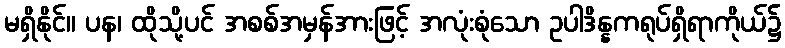
မရှိနိုင်။ ပန၊ ထိုသို့ပင် အစစ်အမှန်အားဖြင့် အလုံးစုံသော ဥပါဒိန္နကရုပ်ရှိရာကိုယ်၌